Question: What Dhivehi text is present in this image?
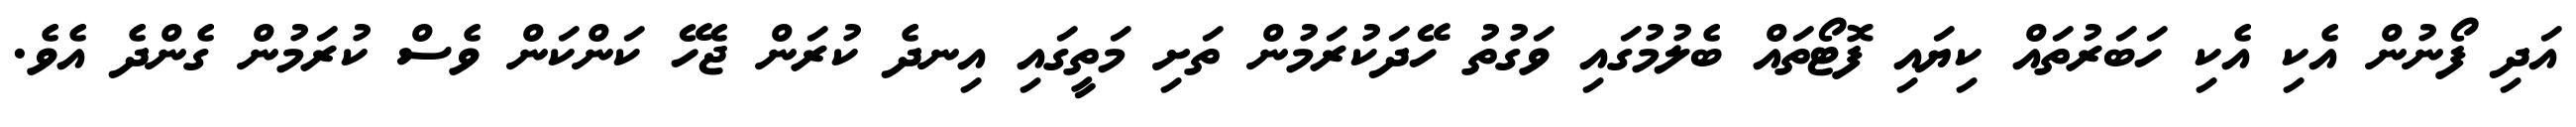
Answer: އަދި ފޯނުން އެކި އެކި ހަބަރުތައް ކިޔައި ފޮޓޯތައް ބެލުމުގައި ވަގުތު ހޭދަކުރަމުން ތަށި މަތީގައި އިނދެ ކުރަން ޖެހޭ ކަންކަން ވެސް ކުރަމުން ގެންދެ އެވެ.